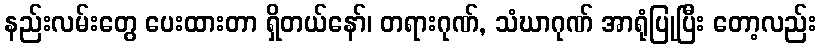
နည်းလမ်းတွေ ပေးထားတာ ရှိတယ်နော်၊ တရားဂုဏ်, သံဃာဂုဏ် အာရုံပြုပြီး တော့လည်း